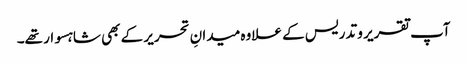
آپ تقریر و تدریس کے علاوہ میدانِ تحریر کے بھی شاہسوار تھے۔